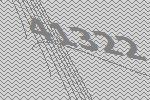
41322